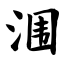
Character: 涠